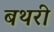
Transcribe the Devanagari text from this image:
बथरी